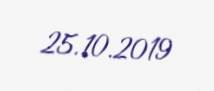
25.10.2019